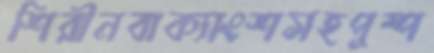
শিরীনবাক্যাংশসহপুষ্প